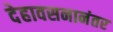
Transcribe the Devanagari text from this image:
देहावसनानंतर